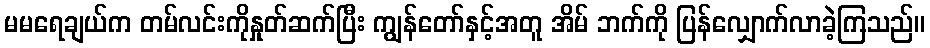
မမရေချယ်က တမ်လင်းကိုနှုတ်ဆက်ပြီး ကျွန်တော်နှင့်အတူ အိမ် ဘက်ကို ပြန်လျှောက်လာခဲ့ကြသည်။